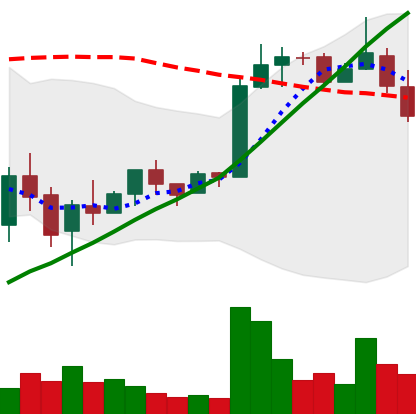
Ticker: LTC-USD
Chart end date: 2018-02-22
Forward return: 10.901%
Label: up_7plus